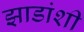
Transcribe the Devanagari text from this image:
झाडांशी